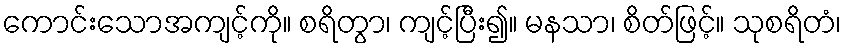
ကောင်းသောအကျင့်ကို။ စရိတွာ၊ ကျင့်ပြီး၍။ မနသာ၊ စိတ်ဖြင့်။ သုစရိတံ၊